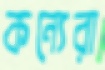
কন্যেরা